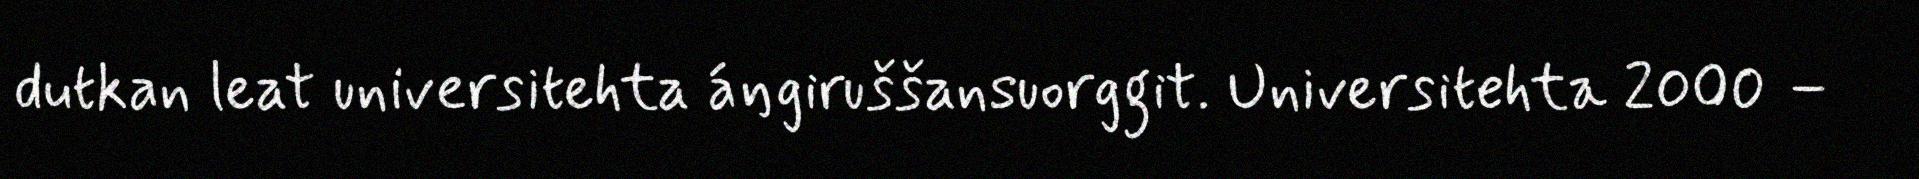
dutkan leat universitehta áŋgiruššansuorggit. Universitehta 2000 –